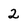
Character: 2